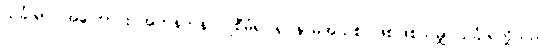
သင်္ခါရာ၊ အကြောင်း အတန်တန် ပြုစီမံ၍ ရုပ်နာမ်အသစ် ဖြစ်ဖြစ်သမျှ သင်္ခါရတို့သည်။